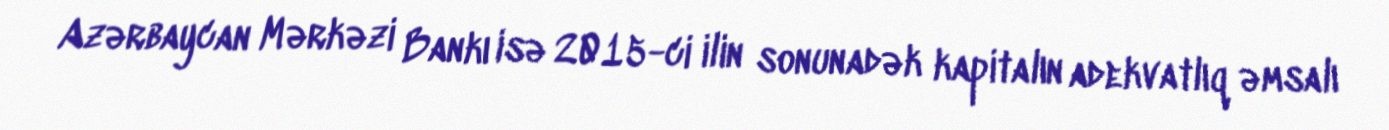
Azərbaycan Mərkəzi Bankı isə 2015-ci ilin sonunadək kapitalın adekvatlıq əmsalı